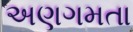
અણગમતા